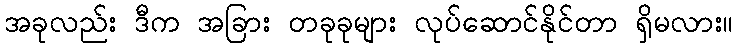
အခုလည်း ဒီက အခြား တခုခုများ လုပ်ဆောင်နိုင်တာ ရှိမလား။